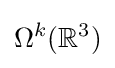
\Omega ^{k}(\mathbb {R} ^{3})